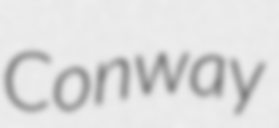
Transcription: Conway